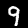
Digit: 9